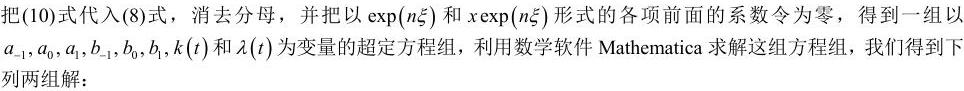
把(10)式代入(8)式，消去分母，并把以$\exp(n\xi)$和$x\exp(n\xi)$形式的各项前面的系数令为零，得到一组以$a_{-1},a_0,a_1,b_{-1},b_0,b_1,k(t)$和$\lambda(t)$为变量的超定方程组，利用数学软件Mathematica求解这组方程组，我们得到下列两组解：